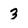
Character: 3